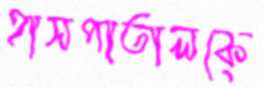
হাসপাতালকে